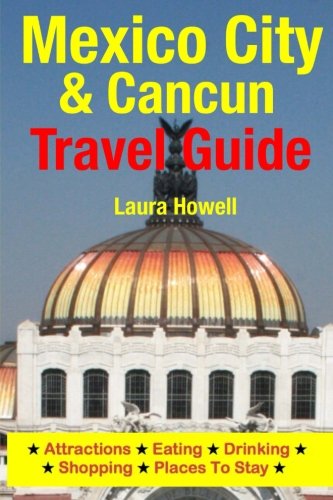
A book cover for Mexico City & Cancun Travel Guide: Attractions, Eating, Drinking, Shopping & Places To Stay; Laura Howell; Travel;